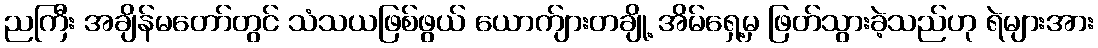
ညကြီး အချိန်မတော်တွင် သံသယဖြစ်ဖွယ် ယောက်ျားတချို့ အိမ်ရှေ့မှ ဖြတ်သွားခဲ့သည်ဟု ရဲများအား